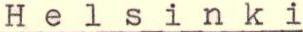
Helsinki